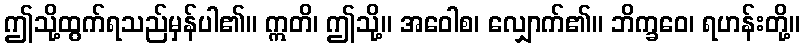
ဤသို့ထွက်ရသည်မှန်ပါ၏။ ဣတိ၊ ဤသို့။ အဝေါစ၊ လျှောက်၏။ ဘိက္ခဝေ၊ ရဟန်းတို့။